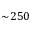
\sim \! 2 5 0